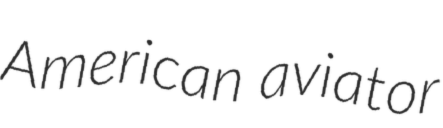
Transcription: American aviator